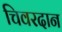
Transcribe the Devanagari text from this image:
चिवरदान